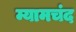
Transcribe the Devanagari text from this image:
म्यामचंद